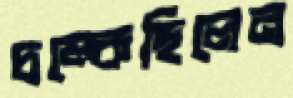
চম্‌কেছিলেন